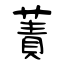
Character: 蔶